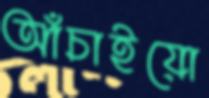
আঁচাইয়ো